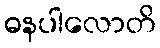
ဓနပါလောတိ